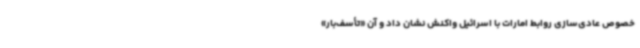
خصوص عادی‌سازی روابط امارات با اسرائیل واکنش نشان داد و آن «تأسف‌بار»